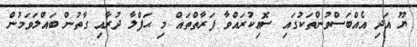
ޔޫ އަދި އެއްބަސްވުންތަކުގައި ސޮއިކުރައްވާ ފަރާތްތައް މި ޙަފްލާ ދުރާއި ގާތުން ބައްލަވަމުން